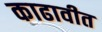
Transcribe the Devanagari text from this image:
काढावीत